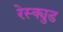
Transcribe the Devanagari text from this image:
रेस्क्युड